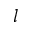
l